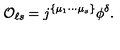
{ \cal O } _ { \ell s } = j ^ { \{ \mu _ { 1 } \cdots \mu _ { s } \} } \phi ^ { \delta } .